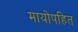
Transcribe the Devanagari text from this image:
मायोपहित